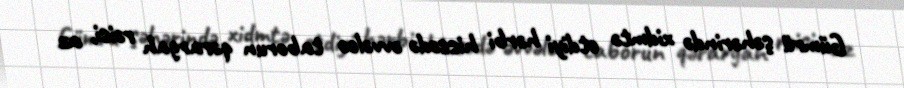
Gümrü şəhərində xidmtə etdiyi hərbi hissədə əvvəlcə taborun qərargah rəisi, az